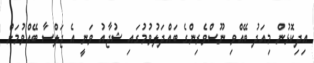
އިދިކޮޅުން މިއަދު ބޭއްވި ނޫސްވެރިންގެ ބައްދަލުވުމުގައި ޝުޖާއު ވަނީ އެ ޖަލްސާ ބޭއްވުމަށް